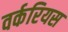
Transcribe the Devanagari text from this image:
वर्करियस